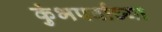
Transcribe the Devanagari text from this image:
कुंभपर्वाच्या